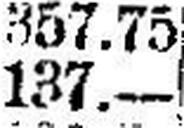
137.—